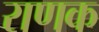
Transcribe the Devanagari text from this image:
राणक